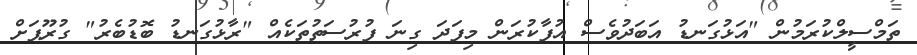
ތަމްސީލްކުރަމުން "އަޅުގަނޑު އަބަދުވެސް އުފާކުރަން މިފަދަ ގިނަ ފުރުސަތުތަކެއް "ރާޅުގަނޑު ބޮޑުބެރު" ގުރޫޕަށް